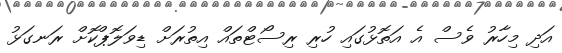
އަދި މިހާރު ވެސް އެ އަތޮޅުގައި ހުރި ރިސޯޓްތައް އިތުރަށް ޑިވަލޮޕްކޮށް ރަނގަޅު